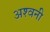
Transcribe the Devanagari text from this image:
अश्‍वनी